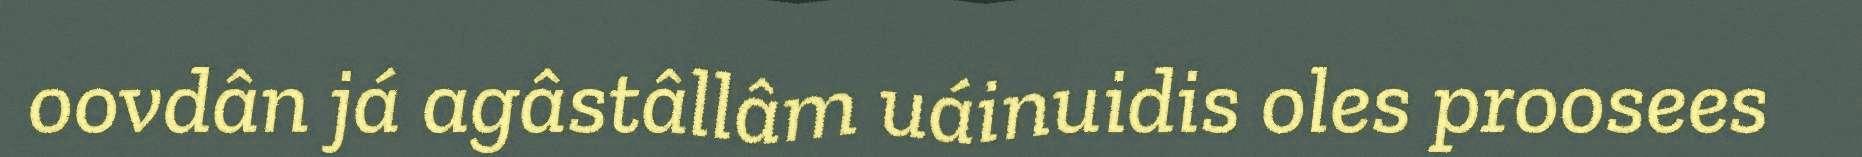
oovdân já agâstâllâm uáinuidis oles proosees